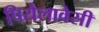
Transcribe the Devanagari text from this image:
पियेलावेसी